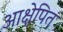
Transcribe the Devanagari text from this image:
आक्षेपित